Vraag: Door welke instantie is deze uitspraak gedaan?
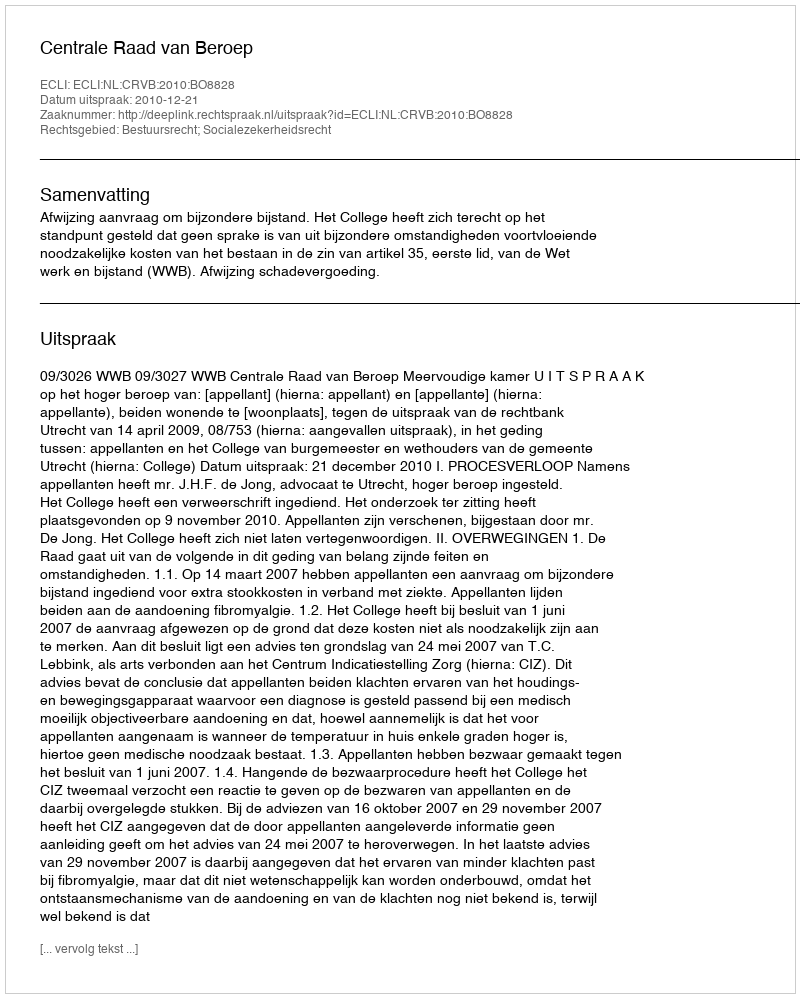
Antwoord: Centrale Raad van Beroep